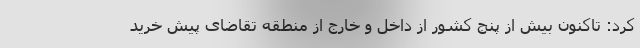
کرد: تاکنون بیش از پنج کشور از داخل و خارج از منطقه تقاضای پیش خرید